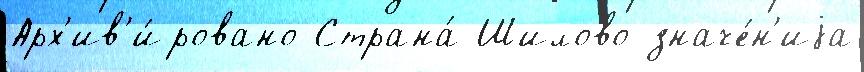
Арх'ив'и́ровано Страна́ Шилово значе́н'иjа